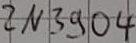
Text: 2N3904